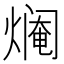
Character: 𱬍